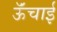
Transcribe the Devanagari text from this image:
ऊॅंचाई